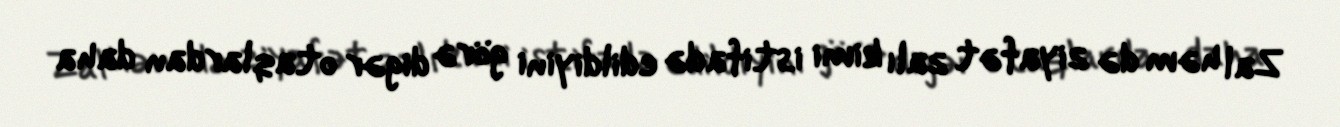
Zal həm də ziyafət zalı kimi istifadə edildiyini görə digər otaqlardan daha